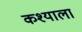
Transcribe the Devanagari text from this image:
कश्याला